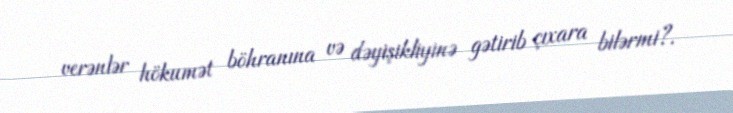
verənlər hökumət böhranına və dəyişikliyinə gətirib çıxara bilərmi?.